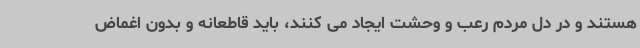
هستند و در دل مردم رعب و وحشت ایجاد می کنند، باید قاطعانه و بدون اغماض